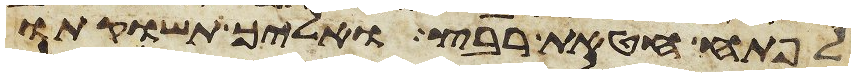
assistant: לפתח חטאת רבץ ואליך תשוקתו